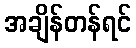
အချိန်တန်ရင်